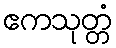
ဧကသုတ္တံ